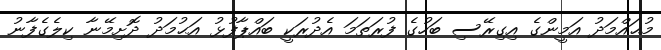
މުޙައްމަދު އަމީންގެ އިގިރޭސި ބަހުގެ ފުރަތަމަ އެދުރަކީ ބައްޕާފުޅު އަޙުމަދު ދޮށިމޭނާ ކިލެގެފާނު